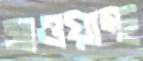
সাওয়াস্থ